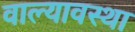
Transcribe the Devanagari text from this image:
वाल्यावस्था